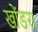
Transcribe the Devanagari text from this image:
खोंडरा